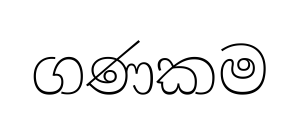
ගණකම